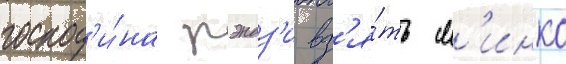
господ'и́на рэндз'и вз'я́ть м'инко